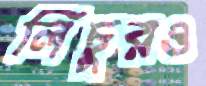
লিচুরও